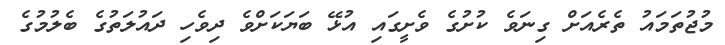
މުޖުތަމައު ތެރެއަށް ގިނަވެ ކުށުގެ ވެށީގައި އުޅޭ ބަޔަކަށްވެ ދިވެހި ދައުލަތުގެ ބެލުމުގެ